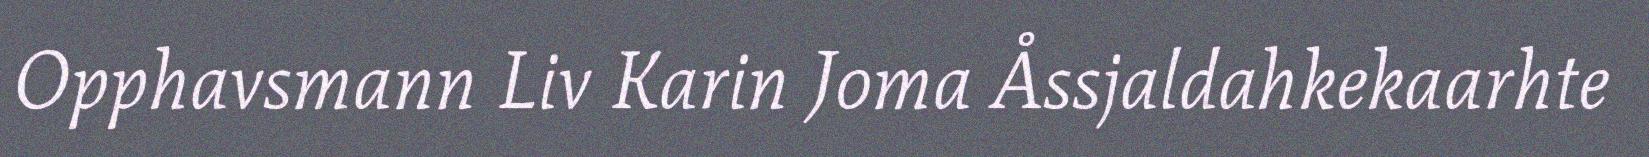
Opphavsmann Liv Karin Joma Åssjaldahkekaarhte